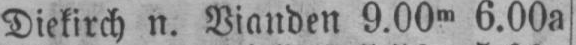
Diekirch n. Vianden 9.00m 6.00a